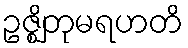
ဥဇ္ဈိတုမရဟတိ